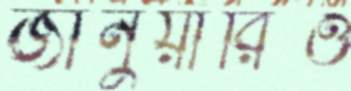
জানুয়ারিও